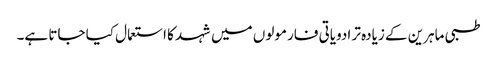
طبی ماہرین کے زیادہ تر ادویاتی فارمولوں میں شہد کا استعمال کیا جاتا ہے۔